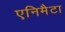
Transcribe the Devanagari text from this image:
एनिमैटा